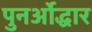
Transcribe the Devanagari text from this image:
पुनर्ओद्धार